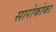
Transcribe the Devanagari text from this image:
सारोकोका